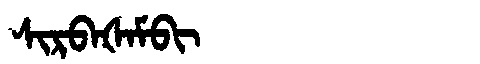
Manchu: ᠰᡳᡵᠪᠠᡧᠠᠮᠪᡳ
Romanization: SIRBAŠAMBI